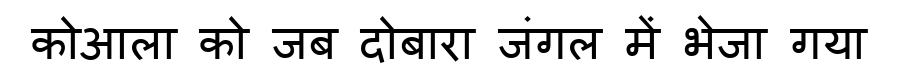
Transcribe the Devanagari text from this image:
कोआला को जब दोबारा जंगल में भेजा गया